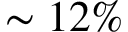
\sim 1 2 \%